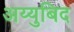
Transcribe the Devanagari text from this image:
अय्युबिद